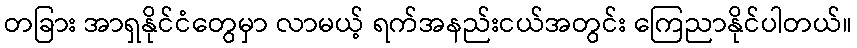
တခြား အာရှနိုင်ငံတွေမှာ လာမယ့် ရက်အနည်းငယ်အတွင်း ကြေညာနိုင်ပါတယ်။